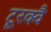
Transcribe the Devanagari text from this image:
टूरक्वै